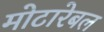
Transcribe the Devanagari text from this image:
मोटारेबल